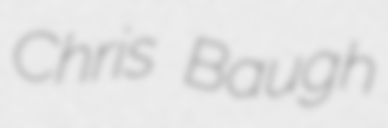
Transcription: Chris Baugh